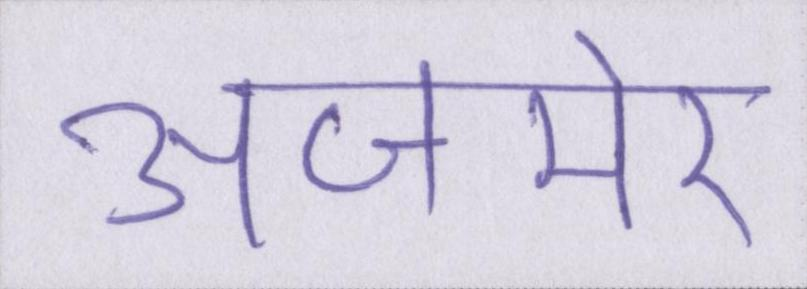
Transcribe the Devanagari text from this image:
अजमेर